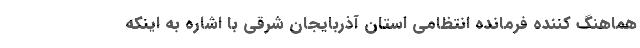
هماهنگ کننده فرمانده انتظامی استان آذربایجان شرقی با اشاره به اینکه